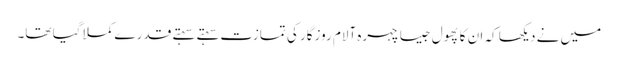
میں نے دیکھا کہ ان کا پھول جیسا چہرہ آلام روزگار کی تمازت سہتے سہتے قدر ے کملا گیا تھا۔